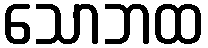
သောဘထ